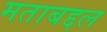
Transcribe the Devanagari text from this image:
मताबद्दल